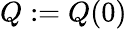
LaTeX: Q:=Q(0)